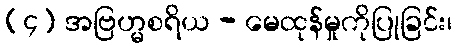
(၄) အဗြဟ္မစရိယ - မေထုန်မှုကိုပြုခြင်း၊